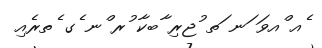
ެއ ްއވަ ަނ ަތ ުޖރި ާބކާ ުރ ްނ ެގ ެތރެއި